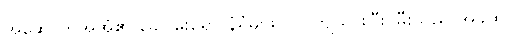
အဆောက်အအုံ၏ ခေါင်မိုးရော နံရံများပါ ပြိုကျသွားပြီး၊ မီးသည် အခုထိ